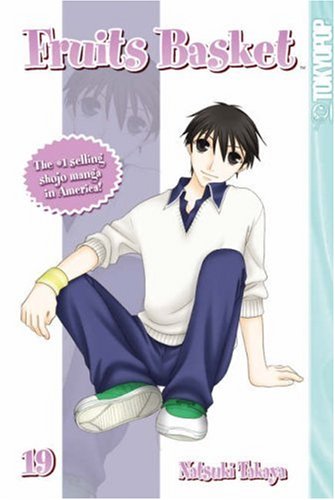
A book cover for Fruits Basket, Vol. 19; Natsuki Takaya; Teen & Young Adult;